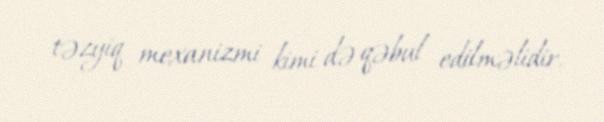
təzyiq mexanizmi kimi də qəbul edilməlidir.